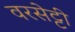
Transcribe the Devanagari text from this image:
वरसेट्टी